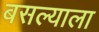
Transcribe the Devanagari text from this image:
बसल्याला